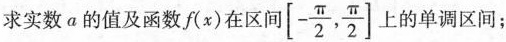
求实数a的值及函数(x)在区间\left[- \frac{\pi}{2}, \frac{\pi}{2}\right]的单调区间；